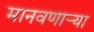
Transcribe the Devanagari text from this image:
मानवणाऱ्या